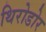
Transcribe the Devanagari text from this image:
थिरोडोर